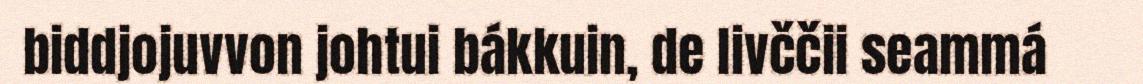
biddjojuvvon johtui bákkuin, de livččii seammá